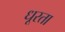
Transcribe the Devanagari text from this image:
धूरता